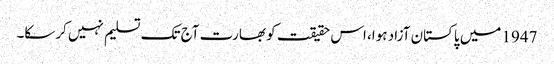
1947 میں پاکستان آزاد ہوا، اس حقیقت کو بھارت آج تک تسلیم نہیں کرسکا۔